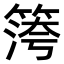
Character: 𥱀